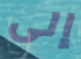
إلى